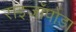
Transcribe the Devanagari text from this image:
राइजॉपोडा